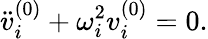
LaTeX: \ddot{v}_{i}^{(0)}+\omega_{i}^{2}v_{i}^{(0)}=0.